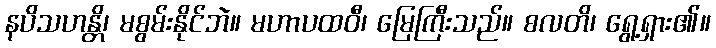
နပိသဟန္တိ၊ မစွမ်းနိုင်ဘဲ။ မဟာပထဝီ၊ မြေကြီးသည်။ စလတိ၊ ရွေ့ရှား၏။